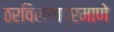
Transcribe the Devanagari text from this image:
ठरविल्याप्रमाणे